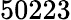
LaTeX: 50223